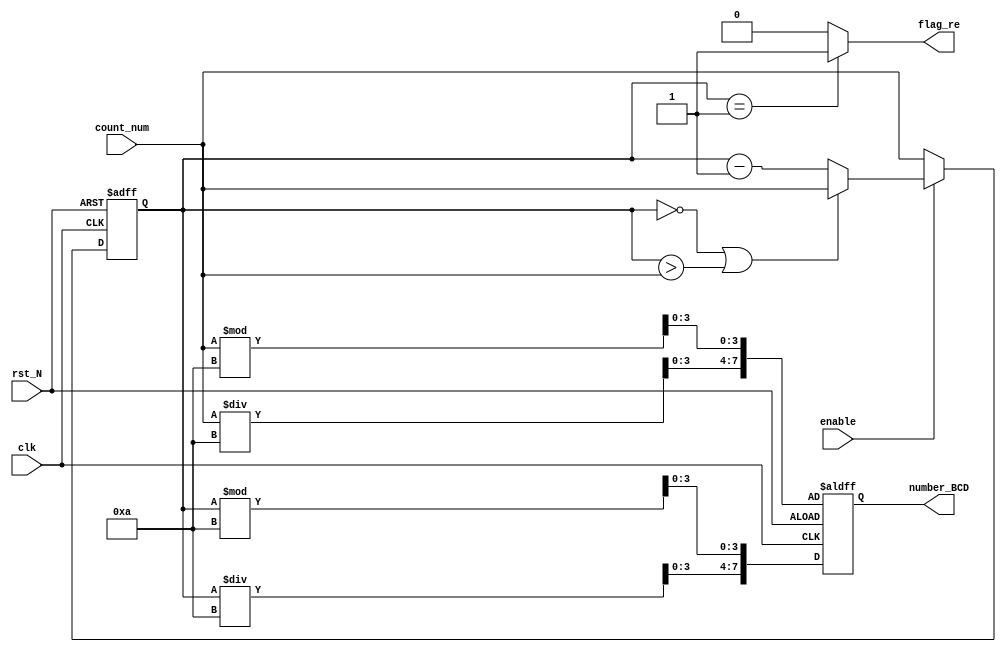
module Timer (
	input						clk					,
	input						rst_N				,

	input						enable				,
	input			[5:0]		count_num			,

	output						flag_re				,
	output			[7:0]		number_BCD
);


	reg				[7:0]		r_number_BCD		;
	reg				[5:0]		r_count				;


	
	assign		flag_re			= (r_count == 6'd1) ? 1 : 0;
	assign		number_BCD		= r_number_BCD		;


	always @(posedge clk or negedge rst_N)
	begin
		if (!rst_N) begin
			r_count		<= 6'd0;
		end
		else begin
			if (!enable) begin
				r_count		<= count_num;
			end
			else begin
				if ((r_count == 6'd0) || (r_count > count_num)) begin
					r_count		<= count_num;
				end else begin
					r_count		<= r_count - 1;
				end
			end
		end
	end


	always @(posedge clk or negedge rst_N)
	begin
		if (!rst_N) begin
			r_number_BCD[3:0] <= count_num % 10;
			r_number_BCD[7:4] <= count_num / 10;
		end
		else begin
			r_number_BCD[3:0] <= r_count % 10;
			r_number_BCD[7:4] <= r_count / 10;
		end
	end


endmodule